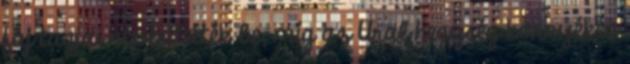
faj tagjai népesítették be, míg az Ural hegység környékén